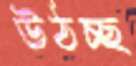
উঠচ্ছ